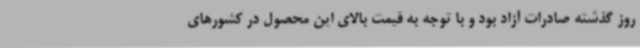
روز گذشته صادرات آزاد بود و با توجه به قیمت بالای این محصول در کشورهای